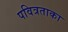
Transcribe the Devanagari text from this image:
पवित्रताका